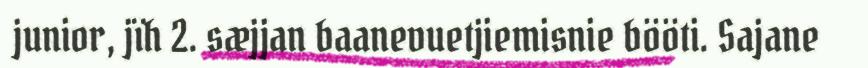
junior, jïh 2. sæjjan baanevuetjiemisnie bööti. Sajane